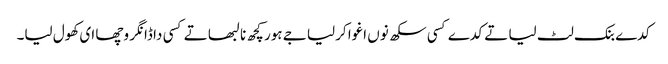
کدے بنک لٹ لیا تے کدے کسی سکھ نوں اغوا کرلیا جے ہور کچھ نا لبھا تے کسی دا ڈانگر وچھا ای کھول لیا۔